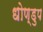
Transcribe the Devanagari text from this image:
धोण्डुप